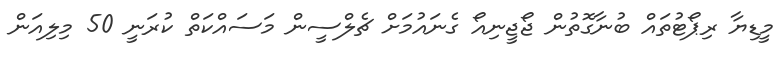
މީޑިޔާ ރިޕޯޓުތައް ބުނާގޮތުން ޖޯޖީނިއޯ ގެނައުމަށް ޗެލްސީން މަސައްކަތް ކުރަނީ 50 މިލިއަން